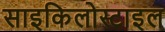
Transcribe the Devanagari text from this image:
साइकिलोस्टाइल